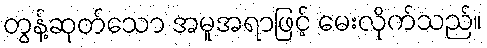
တွန့်ဆုတ်သော အမူအရာဖြင့် မေးလိုက်သည်။